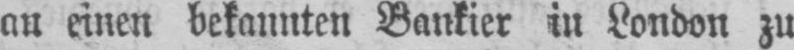
an einen bekannten Bankier in London zu